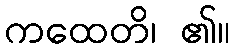
ကထေတိ၊ ၏။